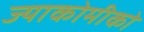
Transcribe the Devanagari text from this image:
ज्याकोमीको